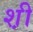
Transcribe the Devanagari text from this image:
श़ी